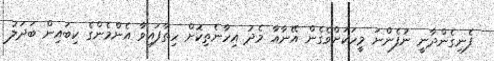
ފެނިގެންދާނީ ނުފެންނަ މީހަކަށްވެގެން އޭނާއާ މެދު އިހާނެތިކޮށް ހިތާފައިވާ އެންމެންގެ ކިބައިން ބަދަލު